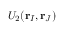
U _ { 2 } ( \mathbf { r } _ { I } , \mathbf { r } _ { J } )